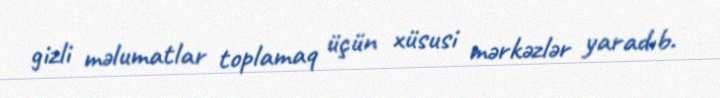
gizli məlumatlar toplamaq üçün xüsusi mərkəzlər yaradıb.